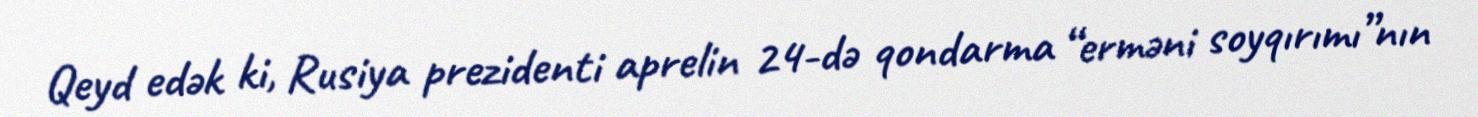
Qeyd edək ki, Rusiya prezidenti aprelin 24-də qondarma “erməni soyqırımı”nın